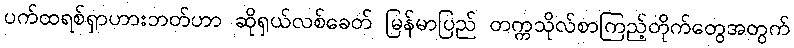
ပက်ထရစ်ရှာဟားဘတ်ဟာ ဆိုရှယ်လစ်ခေတ် မြန်မာပြည် တက္ကသိုလ်စာကြည့်တိုက်တွေအတွက်